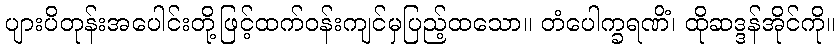
ပျားပိတုန်းအပေါင်းတို့ဖြင့်ထက်ဝန်းကျင်မှပြည့်ထသော။ တံပေါက္ခရဏိံ၊ ထိုဆဒ္ဒန်အိုင်ကို။